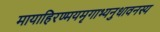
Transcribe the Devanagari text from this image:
मायाहिरण्मयमृगाभ्यनुधावनस्य